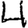
Digit: 4